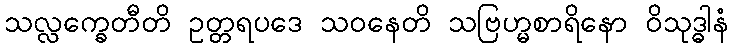
သလ္လက္ခေတီတိ ဥတ္တရပဒေ သဝနေတိ သဗြဟ္မစာရိနော ဝိသုဒ္ဓါနံ